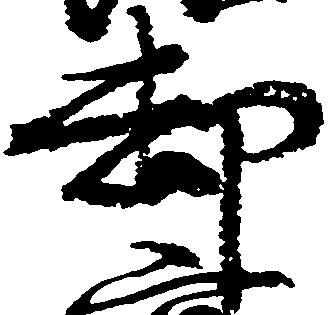
却